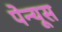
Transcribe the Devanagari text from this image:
पेन्यूस